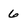
Character: 6